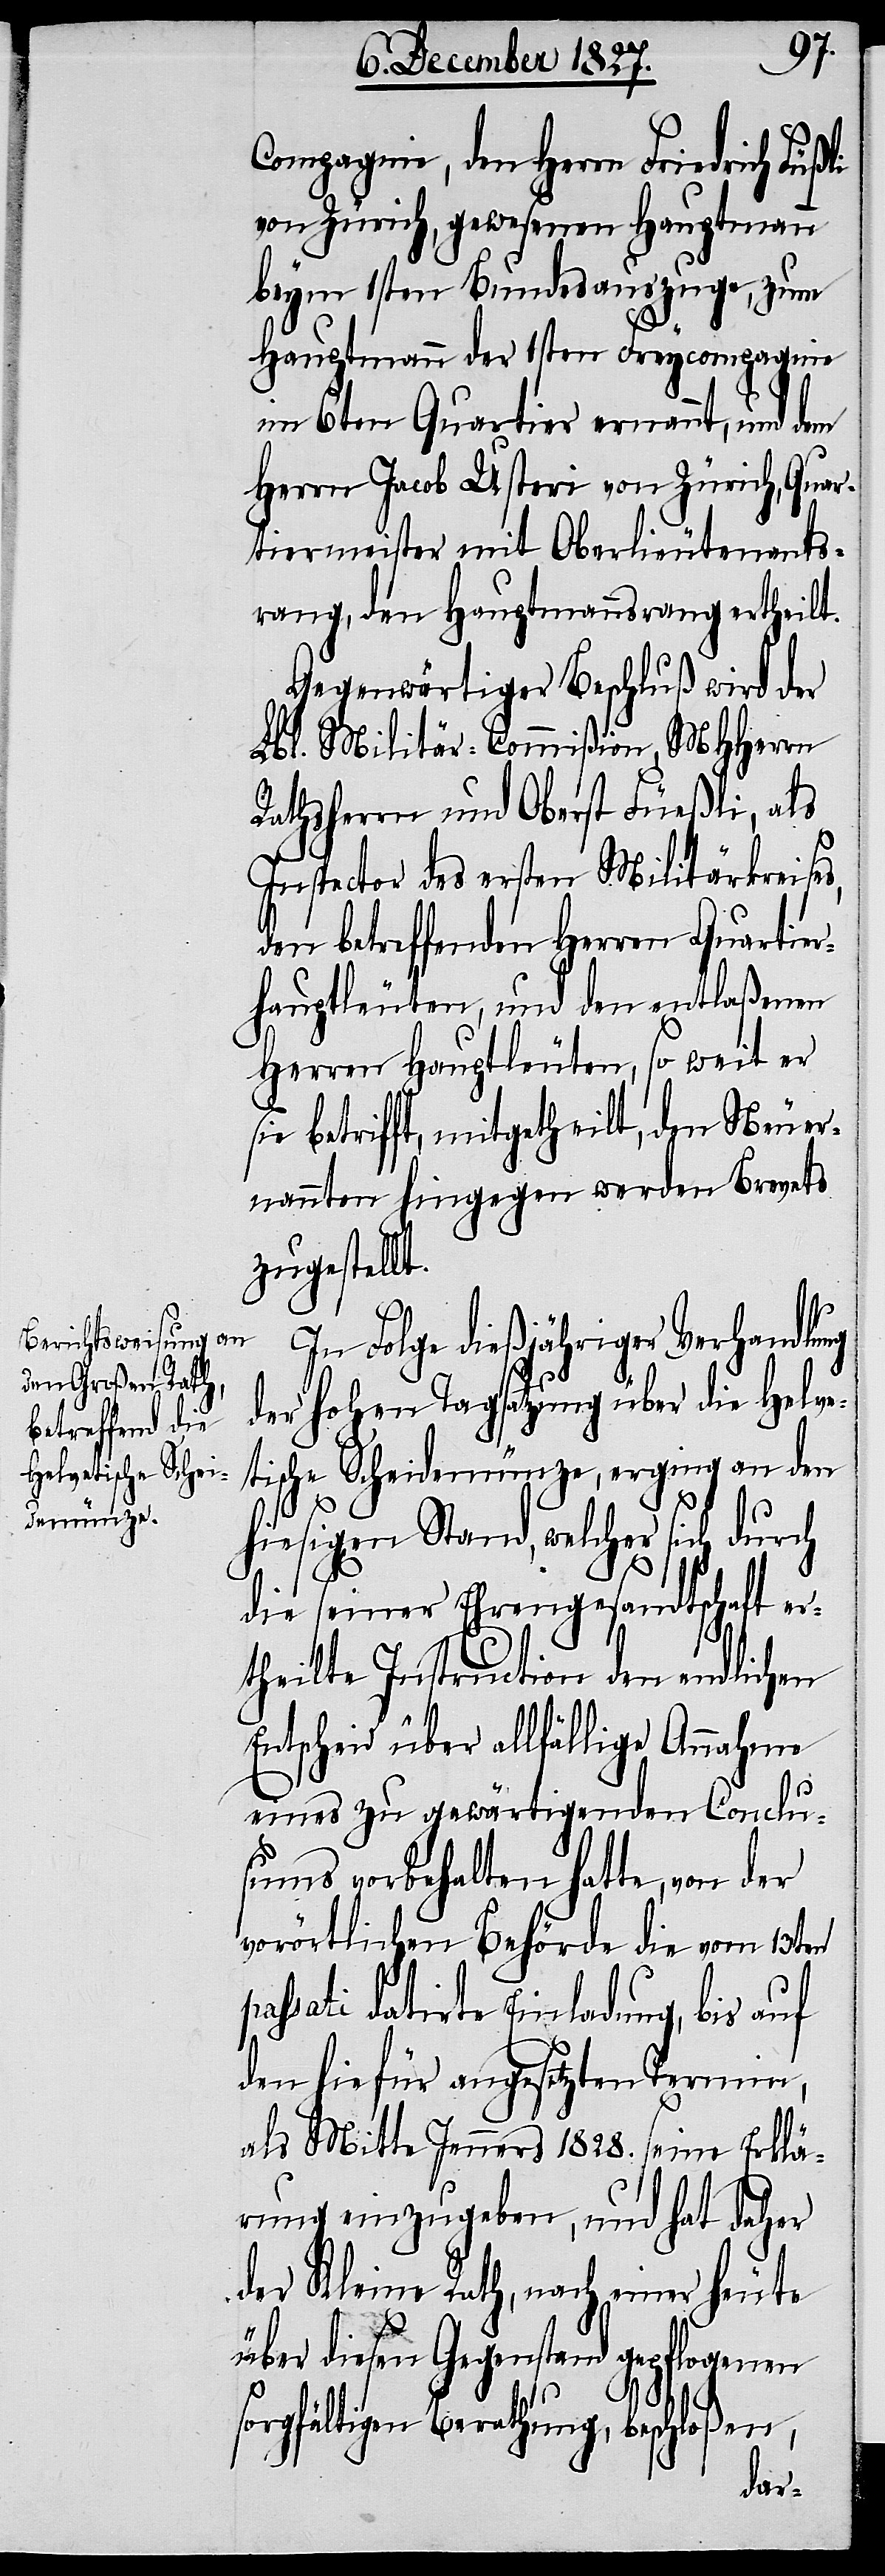
Compagnie, den Herrn Friedrich Füßli
von Zürich, gewesenen Hauptmann
beym 1sten Bundesauszuge, zum
Hauptmann der 1sten Freycompagnie
im 6ten Quartier ernannt, und dem
Herrn Jacob Usteri von Zürich, Quar¬
tiermeister mit Oberlieutenants¬
rang, den Hauptmannsrang ertheilt.
Gegenwärtiger Beschluß wird der
Lbl. Militär-Commißion, MHHerrn
Rathsherrn und Oberst Füeßli, als
Inspector des ersten Militärkreises,
den betreffenden Herren Quartier¬
hauptleuten, und den entlaßenen
Herren Hauptleuten, so weit er
sie betrifft, mitgetheilt, den Neuer¬
nannten hingegen werden Brevets
zugestellt.
In Folge dießjähriger Verhandlung
der hohen Tagsatzung über die Helve¬
tische Scheidemünze, erging an den
hiesigen Stand, welcher sich durch
die seiner Ehrengesandtschaft er¬
theilte Instruction den endlichen
Entscheid über allfällige Annahme
eines zu gewärtigenden Conclu¬
sums vorbehalten hatte, von der
vorörtlichen Behörde die vom 13ten
passati datirte Einladung, bis auf
den hiefür angesetzten Termin,
als Mitte Jenners 1828. seine Erklä¬
rung einzugeben, und hat daher
der Kleine Rath, nach einer heute
über diesen Gegenstand gepflogenen
sorgfältigen Berathung, beschloßen,